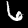
Digit: 6